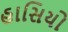
હાસિયો